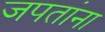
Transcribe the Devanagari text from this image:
जपतांना